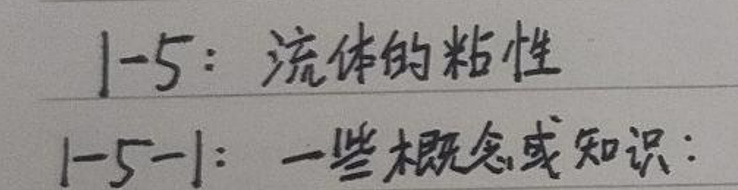
1-5：流体的粘性

1-5-1：一些概念或知识：